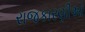
રાજકારણીઓ